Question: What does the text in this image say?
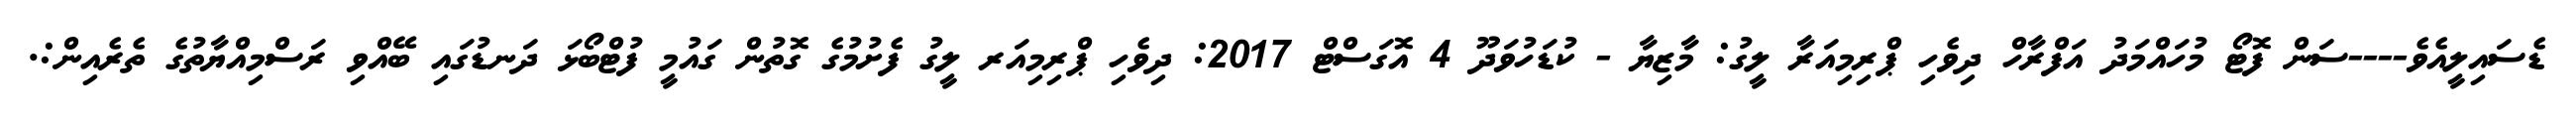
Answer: ޑެސައިލީއެވެ----ސަން ފޮޓޯ މުހައްމަދު އަފްރާހް ދިވެހި ޕްރިމިއަރާ ލީގު: މާޒިޔާ - ކުޑަހުވަދޫ 4 އޮގަސްޓް 2017: ދިވެހި ޕްރިމިއަރ ލީގު ފެށުމުގެ ގޮތުން ގައުމީ ފުޓްބޯޅަ ދަނޑުގައި ބޭއްވި ރަސްމިއްޔާތުގެ ތެރެއިން:.